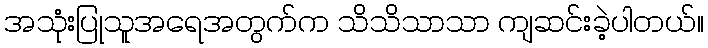
အသုံးပြုသူအရေအတွက်က သိသိသာသာ ကျဆင်းခဲ့ပါတယ်။